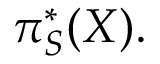
\pi _ { S } ^ { * } ( X ) .